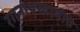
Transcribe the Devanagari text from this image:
रंगनाथस्वामीचे